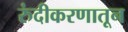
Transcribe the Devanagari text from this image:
रुंदीकरणातून